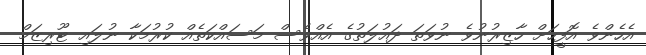
އެހެންވެ އޮފީހަށް ހާޒިރުނުވެ ނުވަތަ ދައުލަތުގެ އެއްވެސް މަސައްކަތެއް ކުރުމަކާ ނުލައި ޓޫރިޒަމް